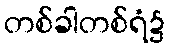
တစ်ခါတစ်ရံ၌